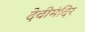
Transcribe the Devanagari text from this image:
देवीमंदिर